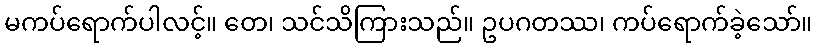
မကပ်ရောက်ပါလင့်။ တေ၊ သင်သိကြားသည်။ ဥပဂတဿ၊ ကပ်ရောက်ခဲ့သော်။